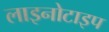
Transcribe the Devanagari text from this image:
लाइनोटाइप